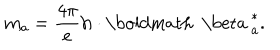
m _ { a } = { \frac { 4 \pi } { e } } { \bf h } \cdot { \mathrm { \boldmath ~ \ b e t a ~ } } _ { a } ^ { * } .